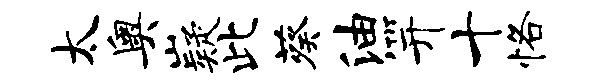
太奥嶷此葵油笄十恪